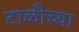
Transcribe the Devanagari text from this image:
टाळीच्या